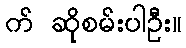
က် ဆိုစမ်းပါဦး။